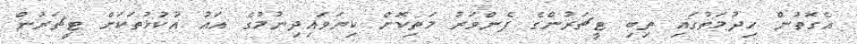
އެގޮތުން ހިދުމަތުގައި ތިބި ޓީޗަރުންގެ ފެންވަރު މަތިކޮށް ކިޔަވައިދިނުމުގެ އައު އުކުޅުތަކަށް ޓީޗަރުން